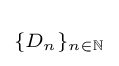
\scriptstyle \{D_{n}\}_{n\in \mathbb {N} }